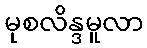
မုစလိန္ဒမူလာ